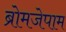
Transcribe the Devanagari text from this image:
ब्रोमजेपाम